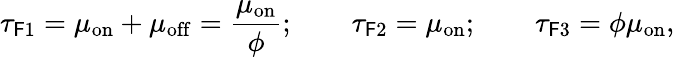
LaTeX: \tau_{\mathsf{F}1}=\mu_{\mathrm{{on}}}+\mu_{\mathrm{{off}}}=\frac{{\mu_{\mathrm{{on}}}}}{{\phi}};\quad\quad\tau_{\mathsf{F}2}=\mu_{\mathrm{{on}}};\quad\quad\tau_{\mathsf{F}3}=\phi\mu_{\mathrm{{on}}},